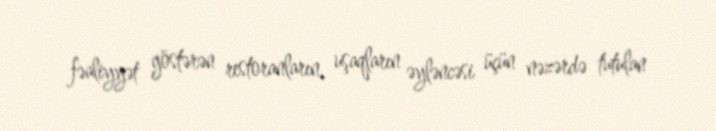
fəaliyyət göstərən restoranların, uşaqların əyləncəsi üçün nəzərdə tutulan